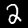
Label: 2